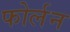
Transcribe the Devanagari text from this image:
फोर्लन